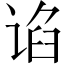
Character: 谄